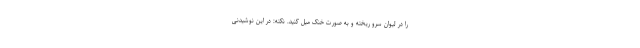
را در لیوان سرو ریخته و به صورت خنک میل کنید. نکته: در این نوشیدنی